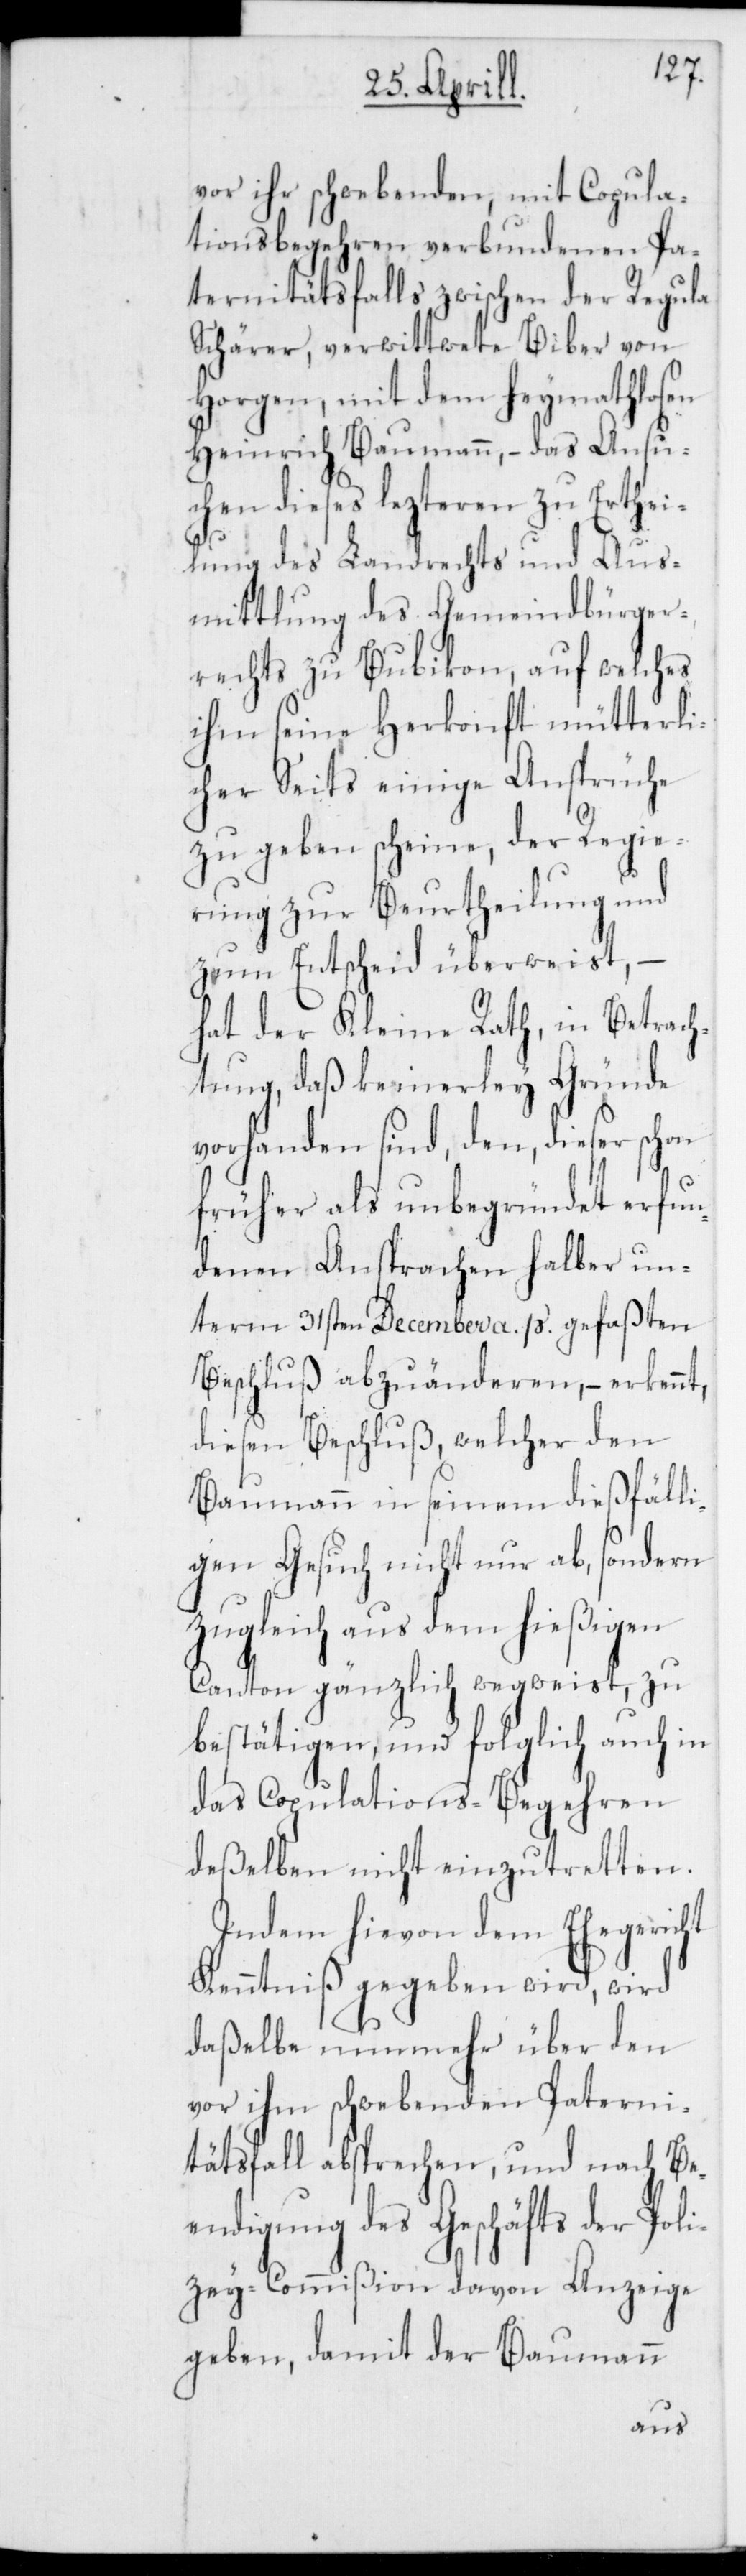
vor ihr schwebenden, mit Copula¬
tionsbegehren verbundenen Pa¬
ternitätsfalls zwischen der Regula
Schärer, verwittwete Biber von
Horgen, mit dem heymathlosen
Heinrich Baumann, – das Ansu¬
chen dieses lezteren zu Erthei¬
lung des Landrechts und Aus¬
mittlung des Gemeindbürger¬
rechts zu Bubikon, auf welches
ihm seine Herkonft mütterli¬
cherseits einige Ansprüche
zu geben scheine, der Regie¬
rung zur Beurtheilung und
zum Entscheid überweist,
hat der Kleine Rath, in Betrach¬
tung, daß keinerley Gründe
vorhanden sind, den, dieser schon
früher als unbegründet erfun¬
denen Ansprachen halber un¬
term 31sten December a. p. gefaßten
Beschluß abzuänderen,– erkennt,
diesen Beschluß, welcher den
Baumann in seinem dießfälli¬
gen Gesuch nicht nur ab[-], sondern
zugleich aus dem hießigen
Canton gänzlich wegweist, zu
bestätigen, und folglich auch in
das Copulations-Begehren
deßelben nicht einzutretten.
Indem hievon dem Ehegericht
Kenntniß gegeben wird, wird
daßelbe nunmehr über den
vor ihm schwebenden Paterni¬
tätsfall absprechen, und nach Be¬
endigung des Geschäfts der Poli¬
zey-Commißion davon Anzeige
geben, damit der Baumann